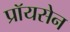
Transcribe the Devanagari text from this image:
प्रॉयसेन